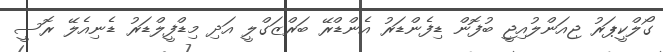
ގޯލްކީޕަރު ޖިއަންލުއިޖީ ބުފޮން ޑިފެންޑަރު އެންޑްރޭ ބަރްޒަގްލީ އަދި މިޑްފީލްޑަރު ޑެނިއެލޭ ރޮސީ